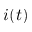
i ( t )